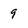
Character: 9